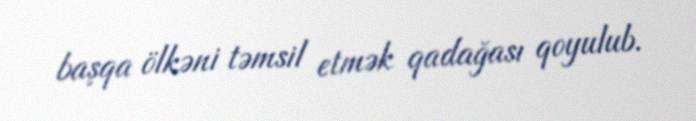
başqa ölkəni təmsil etmək qadağası qoyulub.